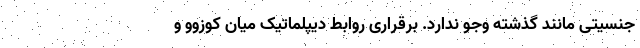
جنسیتی مانند گذشته وجو ندارد. برقراری روابط دیپلماتیک میان کوزوو و